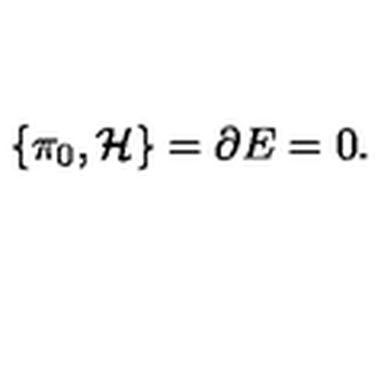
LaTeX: \{ { \cal \pi } _ { 0 } , { \cal H } \} = { \partial } E = 0 .